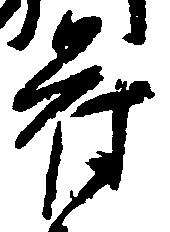
苻